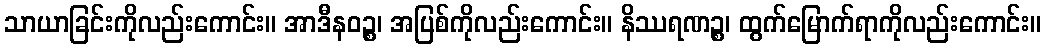
သာယာခြင်းကိုလည်းကောင်း။ အာဒီနဝဉ္စ၊ အပြစ်ကိုလည်းကောင်း။ နိဿရဏဉ္စ၊ ထွက်မြောက်ရာကိုလည်းကောင်း။